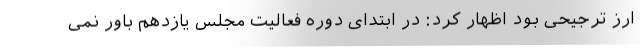
ارز ترجیحی بود اظهار کرد: در ابتدای دوره فعالیت مجلس یازدهم باور نمی